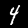
Digit: 4